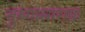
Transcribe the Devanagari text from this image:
तुरुंगासारखा